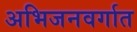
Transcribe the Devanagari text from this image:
अभिजनवर्गात